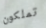
تملكون